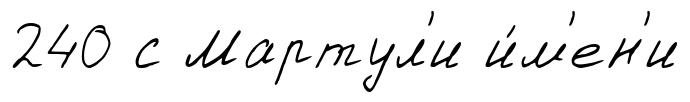
240 с Мартул'и и́м'ен'и